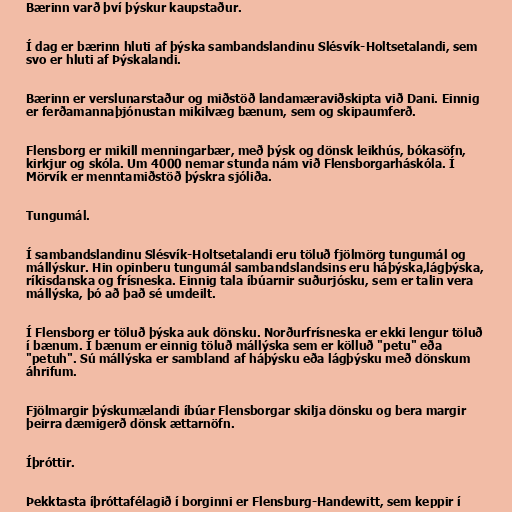
Bærinn varð því þýskur kaupstaður.

Í dag er bærinn hluti af þýska sambandslandinu Slésvík-Holtsetalandi, sem
svo er hluti af Þýskalandi.

Bærinn er verslunarstaður og miðstöð landamæraviðskipta við Dani. Einnig
er ferðamannaþjónustan mikilvæg bænum, sem og skipaumferð.

Flensborg er mikill menningarbær, með þýsk og dönsk leikhús, bókasöfn,
kirkjur og skóla. Um 4000 nemar stunda nám við Flensborgarháskóla. Í
Mörvík er menntamiðstöð þýskra sjóliða.

Tungumál.

Í sambandslandinu Slésvík-Holtsetalandi eru töluð fjölmörg tungumál og
mállýskur. Hin opinberu tungumál sambandslandsins eru háþýska,lágþýska,
ríkisdanska og frísneska. Einnig tala íbúarnir suðurjósku, sem er talin vera
mállýska, þó að það sé umdeilt.

Í Flensborg er töluð þýska auk dönsku. Norðurfrísneska er ekki lengur töluð
í bænum. Í bænum er einnig töluð mállýska sem er kölluð "petu" eða
"petuh". Sú mállýska er sambland af háþýsku eða lágþýsku með dönskum
áhrifum.

Fjölmargir þýskumælandi íbúar Flensborgar skilja dönsku og bera margir
þeirra dæmigerð dönsk ættarnöfn.

Íþróttir.

Þekktasta íþróttafélagið í borginni er Flensburg-Handewitt, sem keppir í